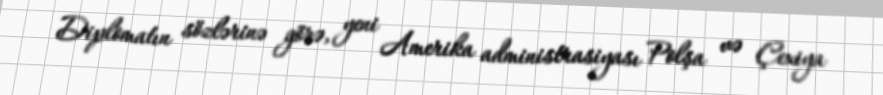
Diplomatın sözlərinə görə, yeni Amerika administrasiyası Polşa və Çexiya